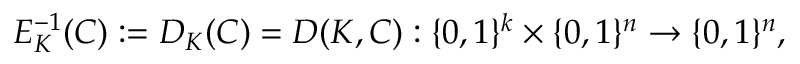
E _ { K } ^ { - 1 } ( C ) : = D _ { K } ( C ) = D ( K , C ) : \{ 0 , 1 \} ^ { k } \times \{ 0 , 1 \} ^ { n } \rightarrow \{ 0 , 1 \} ^ { n } ,